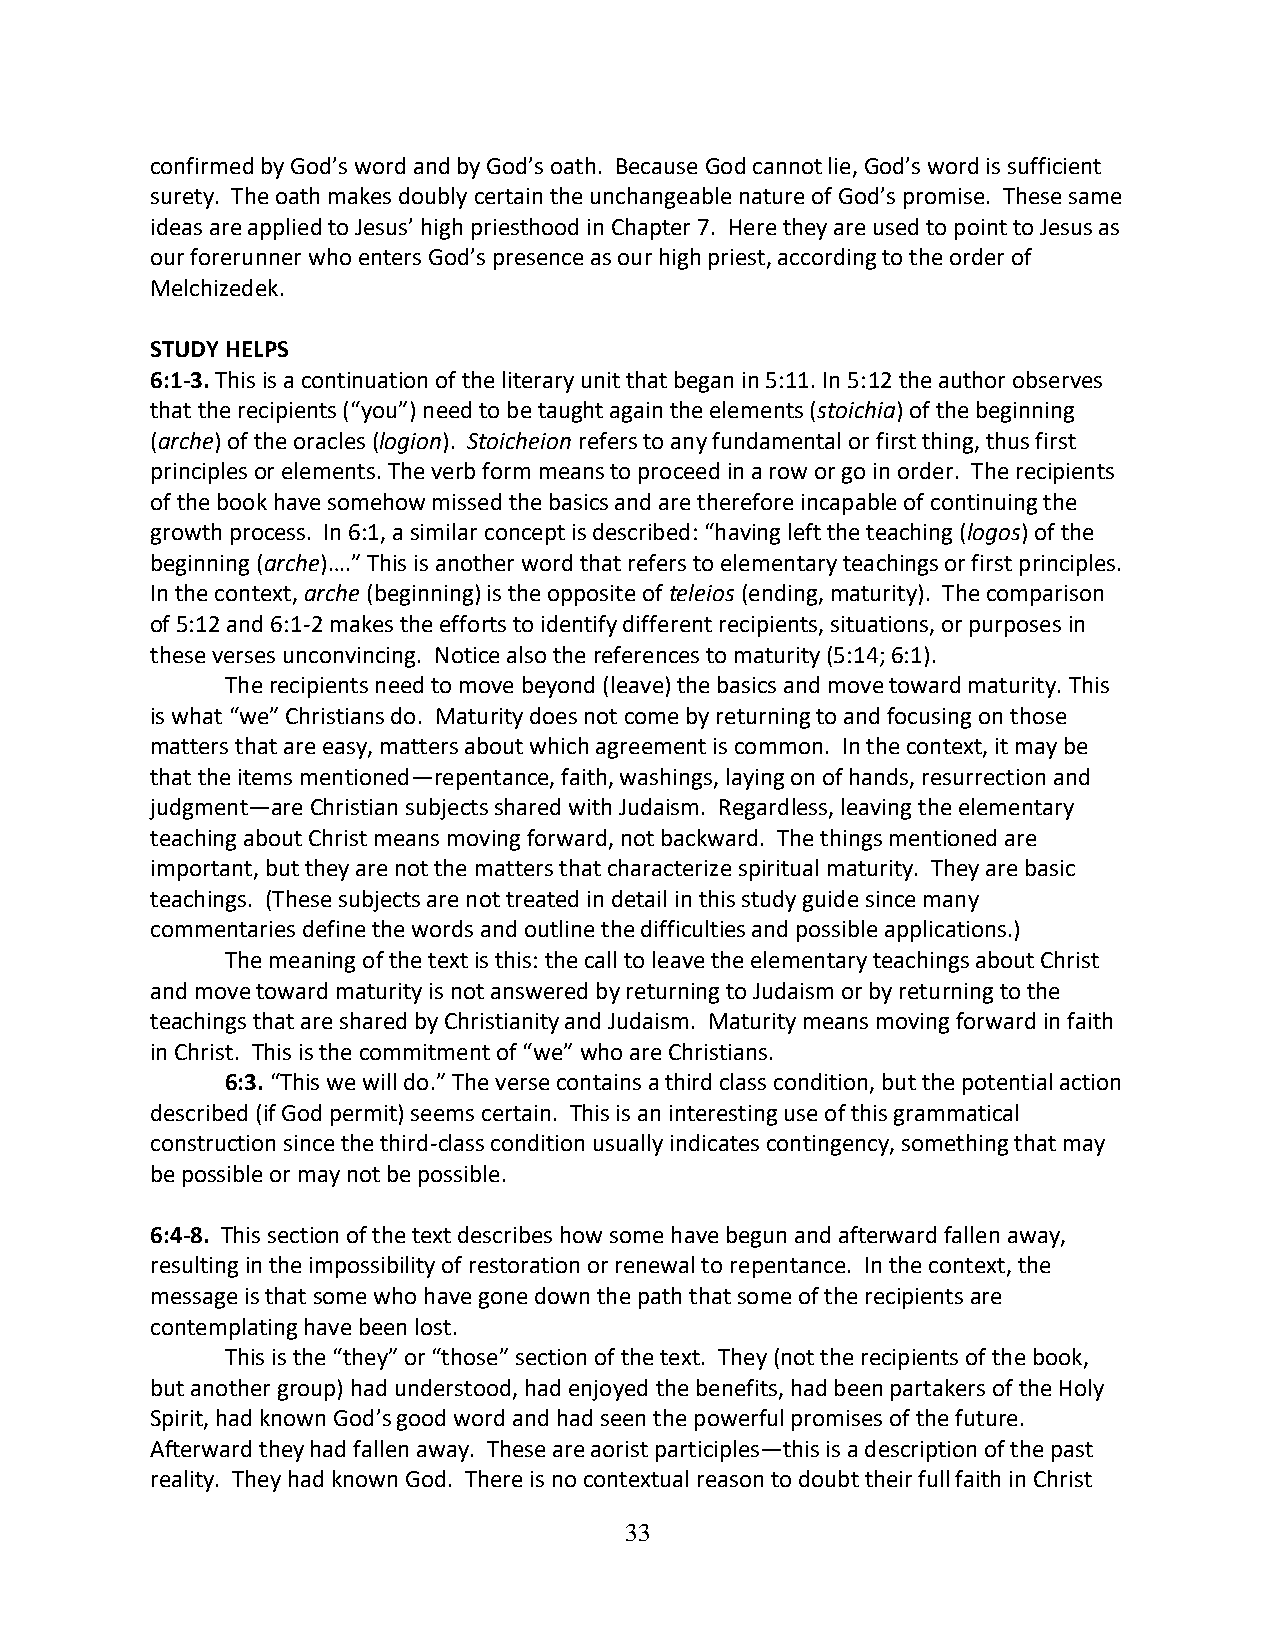
confirmed by God’s word and by God’s oath. Because God cannot lie, God’s word is sufficient
 surety. The oath makes doubly certain the unchangeable nature of God’s promise. These same
 ideas are applied to Jesus’ high priesthood in Chapter 7. Here they are used to point to Jesus as
 our forerunner who enters God’s presence as our high priest, according to the order of
 Melchizedek.
 STUDY HELPS
 6:1-3. This is a continuation of the literary unit that began in 5:11. In 5:12 the author observes
 that the recipients (“you”) need to be taught again the elements (stoichia) of the beginning
 (arche) of the oracles (logion). Stoicheion refers to any fundamental or first thing, thus first
 principles or elements. The verb form means to proceed in a row or go in order. The recipients
 of the book have somehow missed the basics and are therefore incapable of continuing the
 growth process. In 6:1, a similar concept is described: “having left the teaching (logos) of the
 beginning (arche)….” This is another word that refers to elementary teachings or first principles.
 In the context, arche (beginning) is the opposite of teleios (ending, maturity). The comparison
 of 5:12 and 6:1-2 makes the efforts to identify different recipients, situations, or purposes in
 these verses unconvincing. Notice also the references to maturity (5:14; 6:1).
 The recipients need to move beyond (leave) the basics and move toward maturity. This
 is what “we” Christians do. Maturity does not come by returning to and focusing on those
 matters that are easy, matters about which agreement is common. In the context, it may be
 that the items mentioned—repentance, faith, washings, laying on of hands, resurrection and
 judgment—are Christian subjects shared with Judaism. Regardless, leaving the elementary
 teaching about Christ means moving forward, not backward. The things mentioned are
 important, but they are not the matters that characterize spiritual maturity. They are basic
 teachings. (These subjects are not treated in detail in this study guide since many
 commentaries define the words and outline the difficulties and possible applications.)
 The meaning of the text is this: the call to leave the elementary teachings about Christ
 and move toward maturity is not answered by returning to Judaism or by returning to the
 teachings that are shared by Christianity and Judaism. Maturity means moving forward in faith
 in Christ. This is the commitment of “we” who are Christians.
 6:3. “This we will do.” The verse contains a third class condition, but the potential action
 described (if God permit) seems certain. This is an interesting use of this grammatical
 construction since the third-class condition usually indicates contingency, something that may
 be possible or may not be possible.
 6:4-8. This section of the text describes how some have begun and afterward fallen away,
 resulting in the impossibility of restoration or renewal to repentance. In the context, the
 message is that some who have gone down the path that some of the recipients are
 contemplating have been lost.
 This is the “they” or “those” section of the text. They (not the recipients of the book,
 but another group) had understood, had enjoyed the benefits, had been partakers of the Holy
 Spirit, had known God’s good word and had seen the powerful promises of the future.
 Afterward they had fallen away. These are aorist participles—this is a description of the past
 reality. They had known God. There is no contextual reason to doubt their full faith in Christ
 33